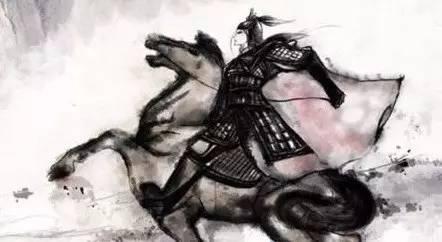
随侯之珠，国宝也，然用之弹，曾不如泥丸